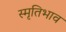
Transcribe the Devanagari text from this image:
स्मृतिभाव